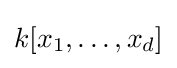
k[x_{1},\ldots ,x_{d}]